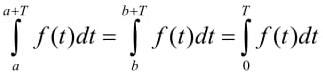
\[ \int_{a}^{a+T} f(t)dt = \int_{b}^{b+T} f(t)dt = \int_{0}^{T} f(t)dt \]